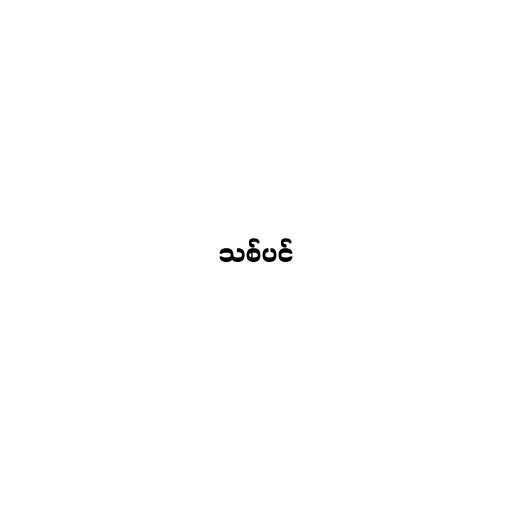
သစ်ပင်